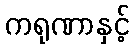
ကရုဏာနှင့်